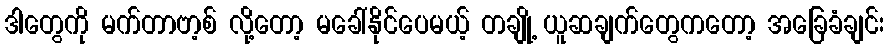
ဒါတွေကို မက်တာဗာ့စ် လို့တော့ မခေါ်နိုင်ပေမယ့် တချို့ ယူဆချက်တွေကတော့ အခြေခံချင်း